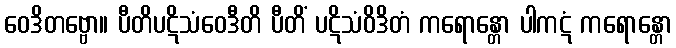
ဝေဒိတဗ္ဗော။ ပီတိပဋိသံဝေဒီတိ ပီတိံ ပဋိသံဝိဒိတံ ကရောန္တော ပါကဋံ ကရောန္တော